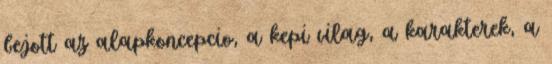
bejott az alapkoncepcio, a kepi vilag, a karakterek, a